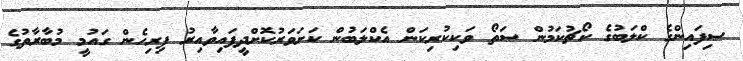
ސިފައިންގެ ކްލަބުގެ ކޯޗުކަމުން ސަތޯ ވަކިކުރިކަން އެކްލަބުން ކަށަވަރުކޮށްދީފައިވާއިރު ފިރިހެން ގައުމީ މުބާރާތުގެ